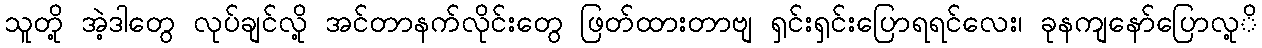
သူတို့ အဲ့ဒါတွေ လုပ်ချင်လို့ အင်တာနက်လိုင်းတွေ ဖြတ်ထားတာဗျ ရှင်းရှင်းပြောရရင်လေး၊ ခုနကျနော်ပြောလု့ိ